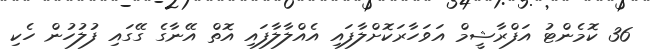
36 ކޮމެންޓު އަފްރާޝީމް އަވަހާރަކޮށްލާފައި އެއްލާލާފައި އޮތް އޭނާގެ ގޭގައި ފުލުހުން ހެކި